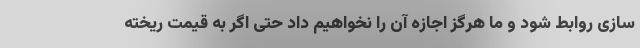
سازی روابط شود و ما هرگز اجازه آن را نخواهیم داد حتی اگر به قیمت ریخته